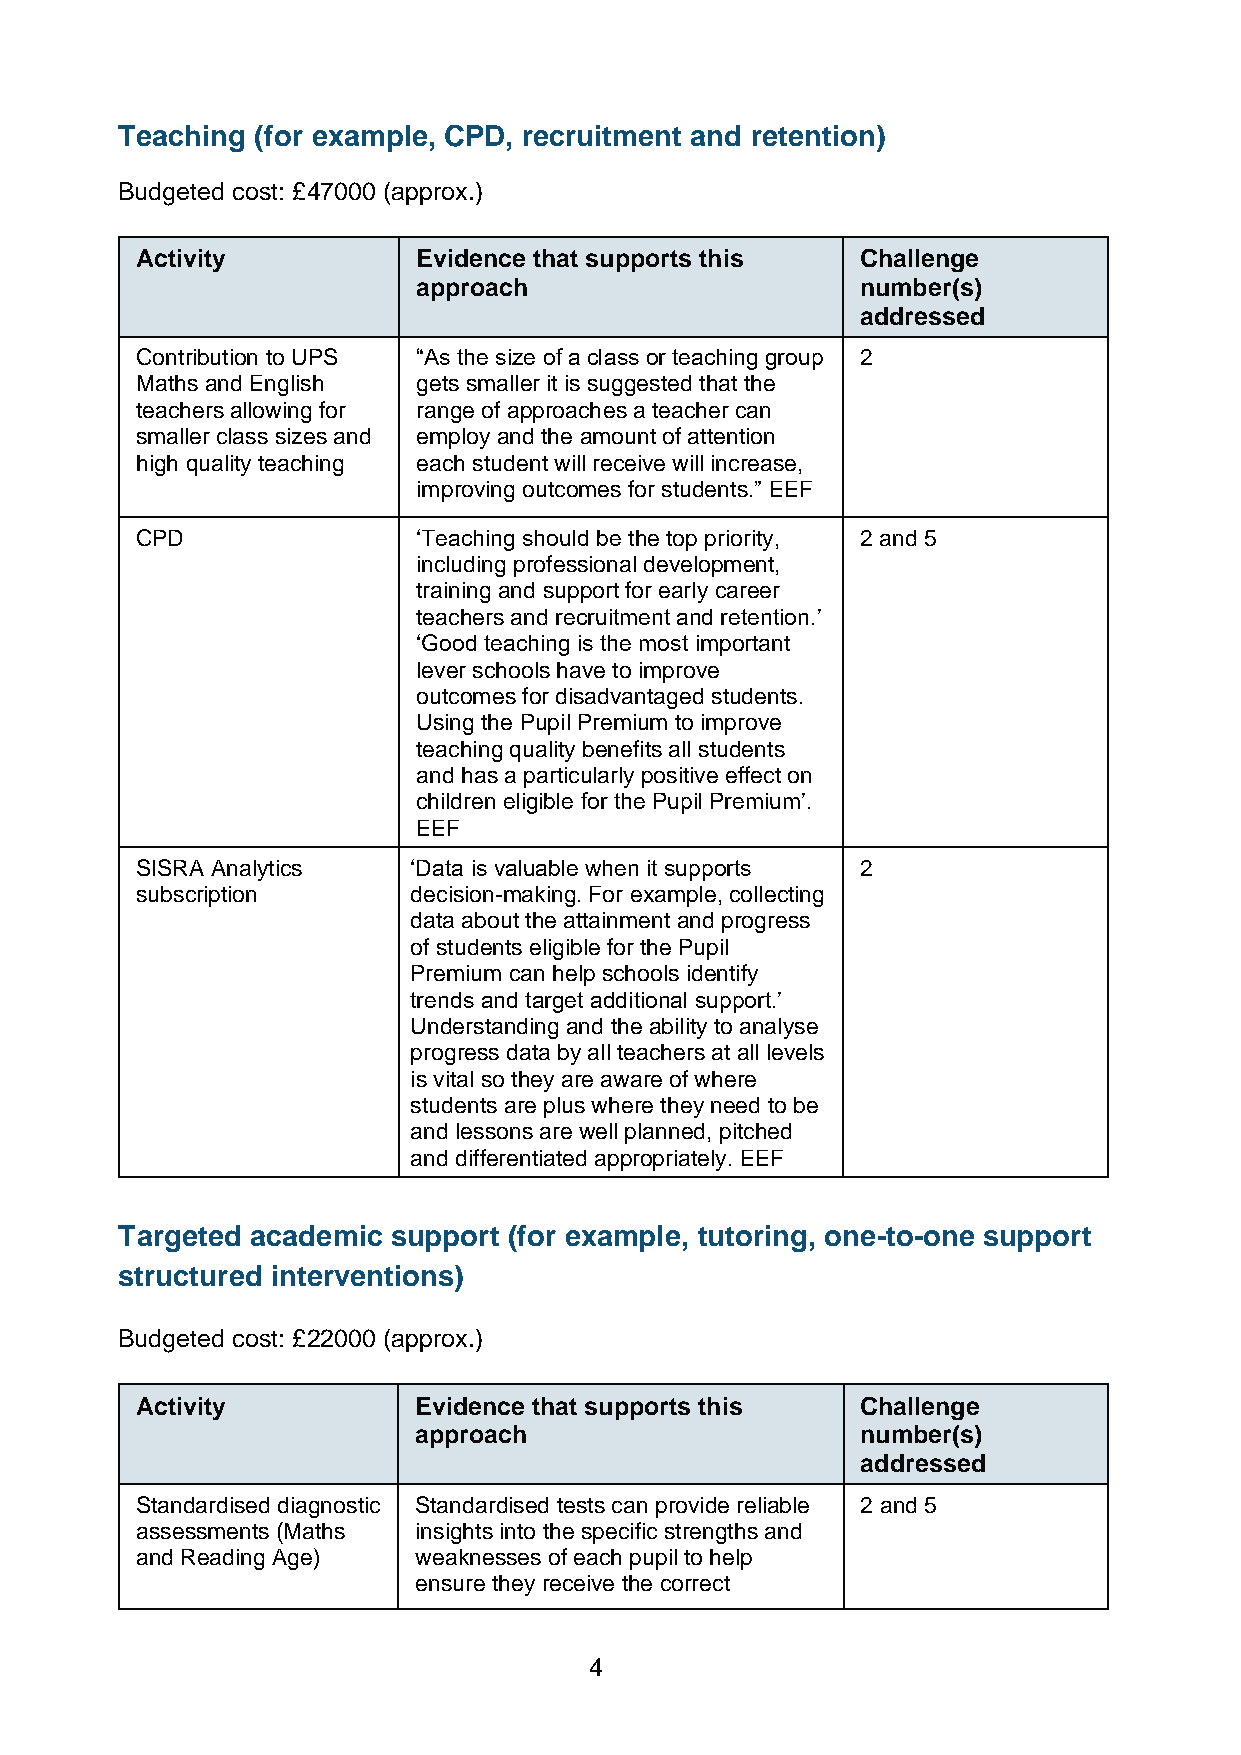
Teaching (for example, CPD, recruitment and retention)
 Budgeted cost: £47000 (approx.)
 Activity           Evidence that supports this  Challenge
 approach                     number(s)
 addressed
 Contribution to UPS “As the size of a class or teaching group 2
 Maths and English  gets smaller it is suggested that the
 teachers allowing for range of approaches a teacher can
 smaller class sizes and employ and the amount of attention
 high quality teaching each student will receive will increase,
 improving outcomes for students.” EEF
 CPD                ‘Teaching should be the top priority, 2 and 5
 including professional development,
 training and support for early career
 teachers and recruitment and retention.’
 ‘Good teaching is the most important
 lever schools have to improve
 outcomes for disadvantaged students.
 Using the Pupil Premium to improve
 teaching quality benefits all students
 and has a particularly positive effect on
 children eligible for the Pupil Premium’.
 EEF
 SISRA Analytics   ‘Data is valuable when it supports 2
 subscription      decision-making. For example, collecting
 data about the attainment and progress
 of students eligible for the Pupil
 Premium can help schools identify
 trends and target additional support.’
 Understanding and the ability to analyse
 progress data by all teachers at all levels
 is vital so they are aware of where
 students are plus where they need to be
 and lessons are well planned, pitched
 and differentiated appropriately. EEF
 Targeted academic support (for example, tutoring, one-to-one support
 structured interventions)
 Budgeted cost: £22000 (approx.)
 Activity          Evidence that supports this   Challenge
 approach                      number(s)
 addressed
 Standardised diagnostic Standardised tests can provide reliable 2 and 5
 assessments (Maths insights into the specific strengths and
 and Reading Age)  weaknesses of each pupil to help
 ensure they receive the correct
 4